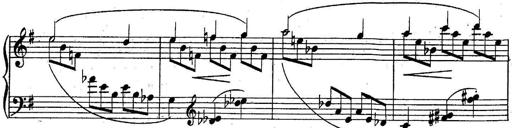
Title: Sonatine
Composer: Adrian Shaposhnikov
Key: E minor